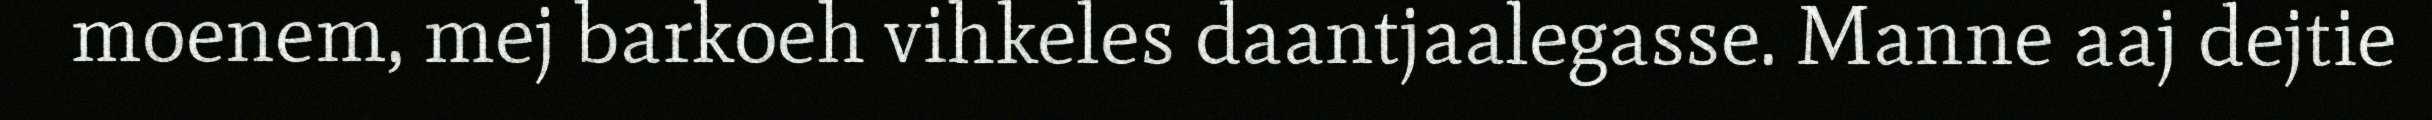
moenem, mej barkoeh vihkeles daantjaalegasse. Manne aaj dejtie